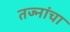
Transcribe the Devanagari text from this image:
तज्नांचा